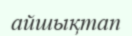
айшықтап